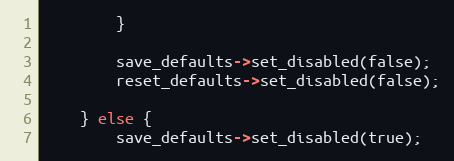
Language: C++
		}

		save_defaults->set_disabled(false);
		reset_defaults->set_disabled(false);

	} else {
		save_defaults->set_disabled(true);